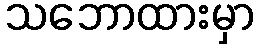
သဘောထားမှာ